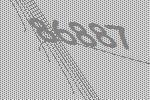
86887